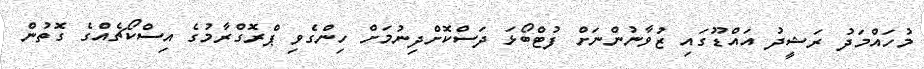
މުހައްމަދު ރަޝީދު އައްޑޫގައި ޒުވާނުންނަށް ފުޓްބޯޅަ ދަސްކޮށްދިނުމަށް ހިންގެވި ޕްރޮގްރާމުގެ އިސްކޯޗެއްގެ ގޮތުން